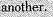
another.